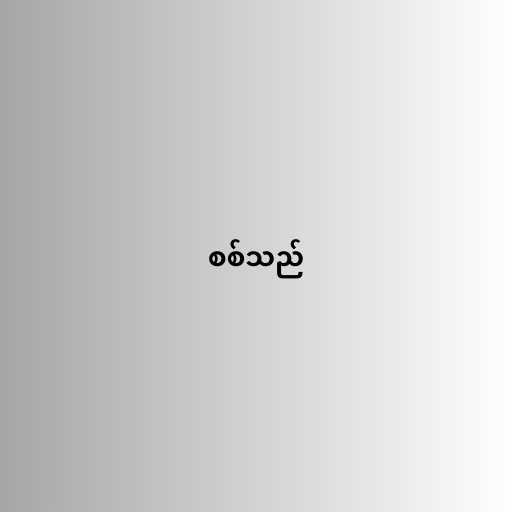
စစ်သည်